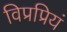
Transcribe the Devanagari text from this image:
विप्रप्रियं